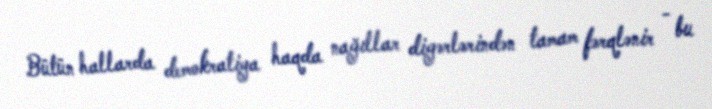
Bütün hallarda demokratiya haqda nağıllar digərlərindən tamam fərqlənir - bu